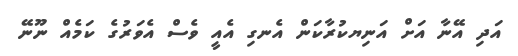
އަދި އޭނާ އަށް އަނިޔކުރާކަން އެނގި އެއީ ވެސް އެވަރުގެ ކަމެއް ނޫނޭ